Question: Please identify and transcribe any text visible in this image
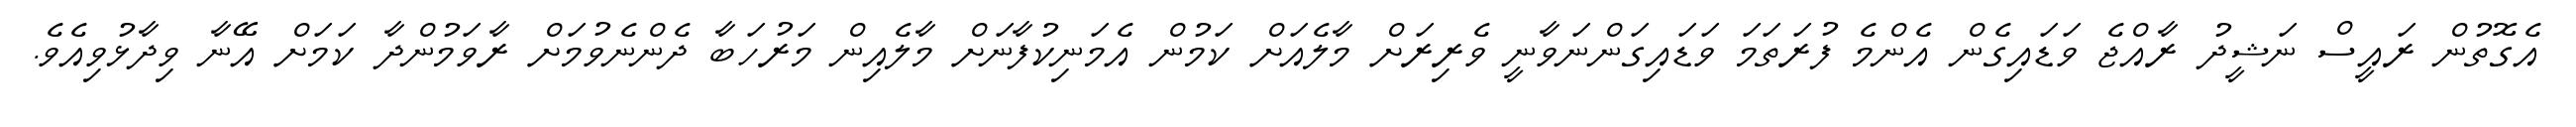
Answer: އެގޮތުން ރައީސް ނަޝީދު ރާއްޖެ ވަޑައިގެން އެންމެ ފުރަތަމަ ވަޑައިގަންނަވާނީ ވެރިރަށް މާލެއަށް ކަމުން އެމަނިކުފާނަށް މާލެއިން މަރުހަބާ ދެންނެވުމަށް ރާވަމުންދާ ކަމަށް އޭނާ ވިދާޅުވިއެވެ.